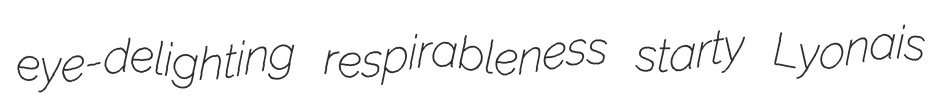
eye-delighting respirableness starty Lyonais